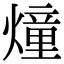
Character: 燑